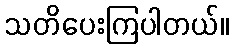
သတိပေးကြပါတယ်။